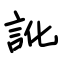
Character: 訛